画像に写った文字を読んでください
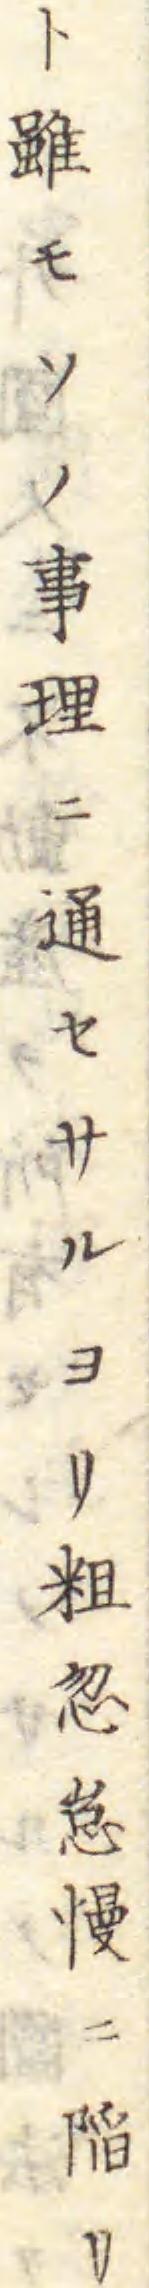
「ト雖モソノ事理ニ通セサルヨリ粗忽怠慢ニ䧟リ」と書いてあります